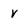
Character: V